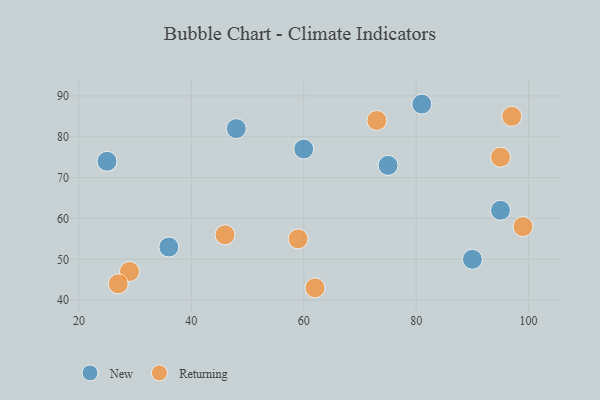
{"axis": {"x": "GDP", "y": "Life Expectancy"}, "legend": ["New", "Returning"], "data": [{"x": "60", "y": 77, "type": "New"}, {"x": "81", "y": 88, "type": "New"}, {"x": "75", "y": 73, "type": "New"}, {"x": "25", "y": 74, "type": "New"}, {"x": "95", "y": 62, "type": "New"}, {"x": "48", "y": 82, "type": "New"}, {"x": "36", "y": 53, "type": "New"}, {"x": "90", "y": 50, "type": "New"}, {"x": "97", "y": 85, "type": "Returning"}, {"x": "62", "y": 43, "type": "Returning"}, {"x": "59", "y": 55, "type": "Returning"}, {"x": "29", "y": 47, "type": "Returning"}, {"x": "46", "y": 56, "type": "Returning"}, {"x": "27", "y": 44, "type": "Returning"}, {"x": "73", "y": 84, "type": "Returning"}, {"x": "99", "y": 58, "type": "Returning"}, {"x": "95", "y": 75, "type": "Returning"}]}